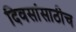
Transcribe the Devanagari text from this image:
दिवसांसाठीच